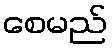
စေမည်